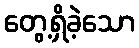
တွေ့ရှိခဲ့သော